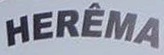
HEREMA